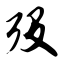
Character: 殁